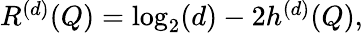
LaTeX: \begin{array}{r}{R^{(d)}(Q)=\log_{2}(d)-2h^{(d)}(Q),}\end{array}